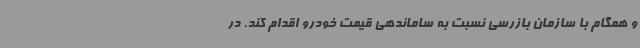
و همگام با سازمان بازرسی نسبت به ساماندهی قیمت خودرو اقدام کند. در